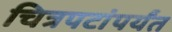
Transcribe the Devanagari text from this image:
चित्रपटांपर्यंत